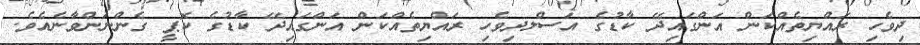
ދިވެހި ރައްޔިތެއްކަން އަންގައިދޭ ކާޑުގެ އަސްލދިވެހި ރައްޔިތެއްކަން އަންގައިދޭ ކާޑުގެ ކޮޕީ ގެންނަންވާނެއެވެ.